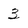
Character: 3